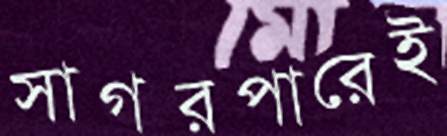
সাগরপারেই